system: You are a helpful assistant.
user:
Analyze the provided spectrum to determine if it is a **"Cataclysmic Variables (CV)"**.

- **Key Indicators for CV (Check for either state):**
    - **State 1: Quiescent / Low-State (Emission-Dominated)**
        - **(Primary):** Strong and *very broad* Hydrogen Balmer emission lines (e.g., $H\alpha$ at 6563 Å, $H\beta$ at 4861 Å). The 'broadness' (high velocity dispersion, often FWHM > 1000 km/s) is the key diagnostic, indicating a high-velocity accretion disk.
        - **(Secondary):** Broad neutral Helium (He I) emission lines (e.g., 5876 Å, 6678 Å).
        - **(Key Confirmation):** Presence of high-excitation *ionized* Helium (He II) emission at 4686 Å. This is a strong indicator of accretion onto a white dwarf.
        - **(Line Profile):** Emission lines may exhibit a 'double-peaked' profile, which is a classic signature of a rotating accretion disk viewed at high inclination.

    - **State 2: Outburst / High-State (Absorption-Dominated)**
        - **(Primary):** Spectrum is dominated by a bright, blue continuum (looks like a hot star).
        - **(Secondary):** The emission lines from State 1 are weak, absent, or 'filled in', and are replaced by broad, shallow *absorption* lines (primarily Balmer and He I).
        - **(Morphology):** The overall spectrum mimics a hot B/A-type star. The crucial difference is that the absorption lines are significantly broader, shallower, and more 'washed-out' (or 'smeared') than the sharp lines of a normal stellar photosphere, due to high rotational speeds and pressure broadening in the disk.

Think first, call **spectral_visualization_tool** if needed to examine features in detail, then provide your final answer. Your response must adhere to the following strict rules:
1.  **Overall Structure:** Your response must follow the format `<think>...</think> <tool_call>...</tool_call> (if a tool is used) <answer>...</answer>`.
2.  **Tool Usage Constraint:** You may only make **one** tool call per turn.
3.  **Final Answer Format:** In the `<answer>` tag, your conclusion must be inside a `\boxed{}` command (e.g., `\boxed{YES}`), followed by your justification.

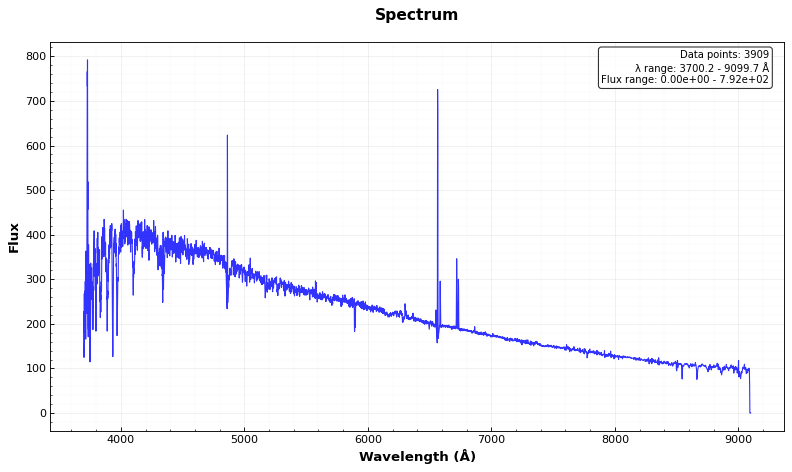
Answer: NO